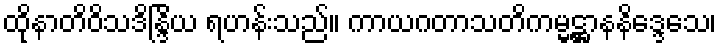
ထိုနာတိဝိသဒိန္ဒြိယ ရဟန်းသည်။ ကာယဂတာသတိကမ္မဋ္ဌာနနိဒ္ဒေသေ၊